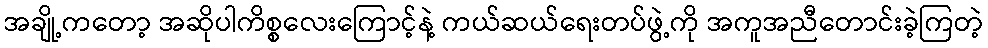
အချို့ကတော့ အဆိုပါကိစ္စလေးကြောင့်နဲ့ ကယ်ဆယ်ရေးတပ်ဖွဲ့ကို အကူအညီတောင်းခဲ့ကြတဲ့